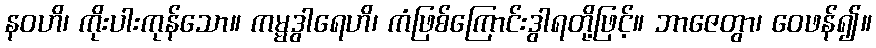
နဝဟိ၊ ကိုးပါးကုန်သော။ ကမ္မဒွါရေဟိ၊ ကံဖြစ်ကြောင်းဒွါရတို့ဖြင့်။ ဘာဇေတွာ၊ ဝေဖန်၍။